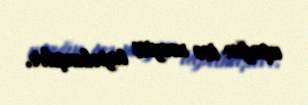
uşağın isə meyiti tapılmışdır.